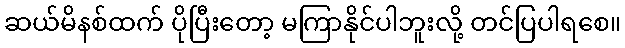
ဆယ်မိနစ်ထက် ပိုပြီးတော့ မကြာနိုင်ပါဘူးလို့ တင်ပြပါရစေ။